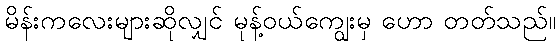
မိန်းကလေးများဆိုလျှင် မုန့်ဝယ်ကျွေးမှ ဟော တတ်သည်။